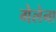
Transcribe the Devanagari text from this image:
गेलेना